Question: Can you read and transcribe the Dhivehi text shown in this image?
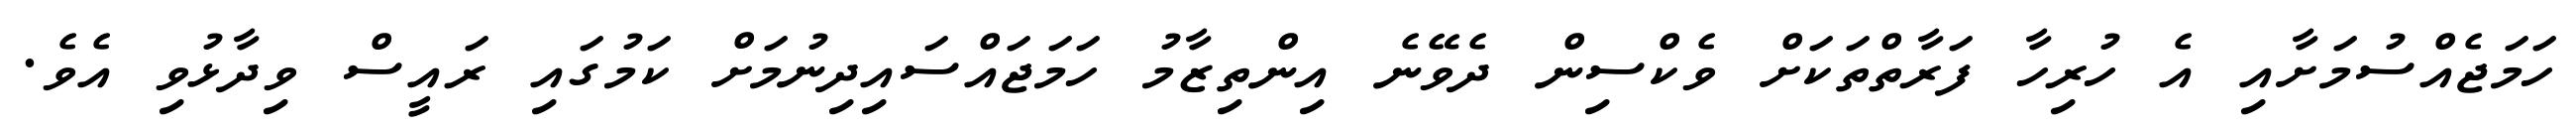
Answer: ހަމަޖެއްސުމަށާއި އެ ހުރިހާ ފަރާތްތަކަށް ވެކްސިން ދެވޭނެ އިންތިޒާމު ހަމަޖައްސައިދިނުމަށް ކަމުގައި ރައީސް ވިދާޅުވި އެވެ.